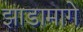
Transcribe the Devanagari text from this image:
झाडामागे